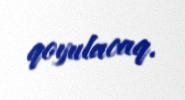
qoyulacaq.